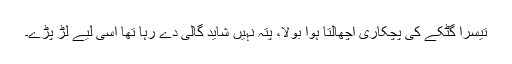
تیسرا گٹکے کی پچکاری اچھالتا ہوا بولا، پتہ نہیں شاید گالی دے رہا تھا اسی لیے لڑ پڑے۔